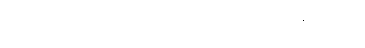
ခရီးများကိုလည်း တစ်ခုပြီးတစ်ခုစေလွှတ်နေလေ၏။